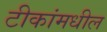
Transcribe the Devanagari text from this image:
टीकांमधील